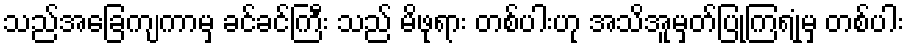
သည်အခြေကျကာမှ ခင်ခင်ကြီး သည် မိဖုရား တစ်ပါးဟု အသိအူမှတ်ပြုကြရုံမှ တစ်ပါး